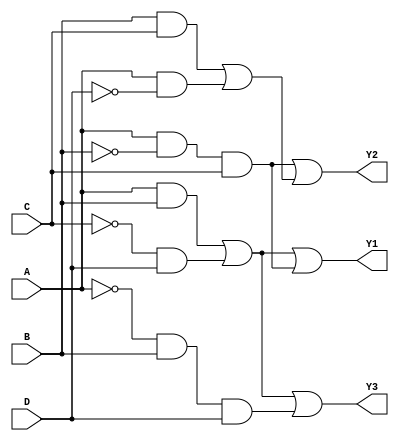
module jewel_pal (
    input wire A, 
    input wire B, 
    input wire C, 
    input wire D,
    output wire Y1,
    output wire Y2,
    output wire Y3
);

// Internal signals for AND gates
wire and_gate1, and_gate2, and_gate3, and_gate4;

// AND gate configurations (programmable)
// Example configurations
assign and_gate1 = (A & B) | (~C & D); // Programmable logic for AND gate 1
assign and_gate2 = (A & ~B & C);       // Programmable logic for AND gate 2
assign and_gate3 = (B & C) | (A & ~D);  // Programmable logic for AND gate 3
assign and_gate4 = (~A & B & D);        // Programmable logic for AND gate 4

// Fixed OR array (output assignments)
assign Y1 = and_gate1 | and_gate2; // Output Y1 is the OR of AND gate 1 and 2
assign Y2 = and_gate2 | and_gate3; // Output Y2 is the OR of AND gate 2 and 3
assign Y3 = and_gate1 | and_gate4; // Output Y3 is the OR of AND gate 1 and 4

endmodule